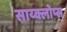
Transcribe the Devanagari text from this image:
साय्क्लोप्स